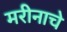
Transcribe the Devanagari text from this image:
मरीनाचे